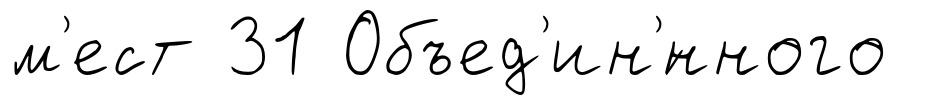
м'ест 31 Объед'ин'́нного